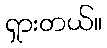
ရှားတယ်။